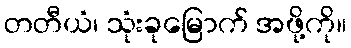
တတီယံ၊ သုံးခုမြောက် အဖို့ကို။